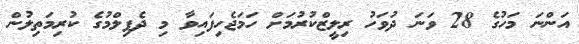
އަންނަ މަހުގެ 28 ވަނަ ދުވަހު ރިލީޒްކުރުމަށް ހަމަޖެހިފައިވާ މި ދެފިލްމުގެ ކުރިމަތިލުން